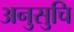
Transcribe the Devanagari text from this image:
अनुसुचि